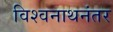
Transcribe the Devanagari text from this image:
विश्वनाथनंतर